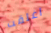
اغلقت